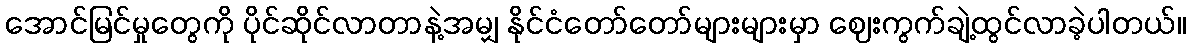
အောင်မြင်မှုတွေကို ပိုင်ဆိုင်လာတာနဲ့အမျှ နိုင်ငံတော်တော်များများမှာ ဈေးကွက်ချဲ့ထွင်လာခဲ့ပါတယ်။